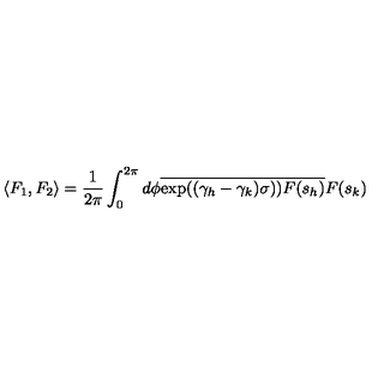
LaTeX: \langle F _ { 1 } , F _ { 2 } \rangle = \frac { 1 } { 2 \pi } \int _ { 0 } ^ { 2 \pi } d \phi \overline { { \exp ( ( \gamma _ { h } - \gamma _ { k } ) \sigma ) ) } } \overline { { F ( s _ { h } ) } } F ( s _ { k } )